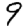
Digit: 9